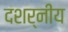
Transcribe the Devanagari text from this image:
दशर्नीय